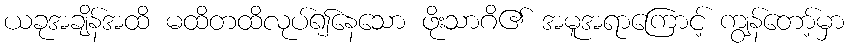
ယခုအချိန်အထိ မထိတထိလုပ်၍နေသော ဖိုးသာဂိ၏ အမူအရာကြောင့် ကျွန်တော့်မှာ